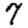
Digit: 7